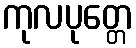
ကုလပုတ္တေ